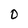
Character: 0